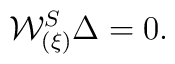
{\cal W}^{S}_{(\xi)} \Delta = 0.